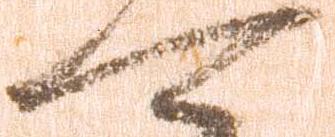
可